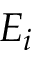
E _ { i }